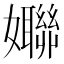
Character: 𱙱